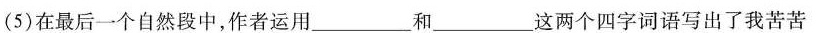
(5)在最后一个自然段中，作者运用____和____这两个四字词语写出了我苦苦